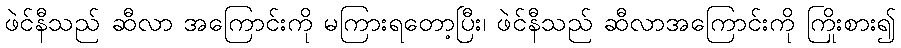
ဖဲင်နီသည် ဆီလာ အကြောင်းကို မကြားရတော့ပြီး၊ ဖဲင်နီသည် ဆီလာအကြောင်းကို ကြိုးစား၍